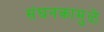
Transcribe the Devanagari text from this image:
संघनकामुळे